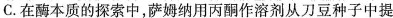
C.在酶本质的探索中，萨姆纳用丙酮作溶剂从刀豆种子中提